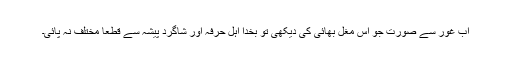
اب غور سے صورت جو اُس مغل بھائی کی دیکھی تو بخدا اہلِ حرفہ اور شاگرد پیشہ سے قطعاً مختلف نہ پائی۔